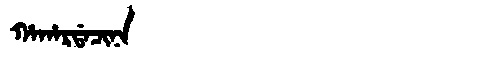
Manchu: ᡥᠠᡥᠠᡵᡩᠠᠴᡳᠨᠠ
Romanization: HAHARDACINA